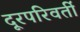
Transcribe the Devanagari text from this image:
दूरपरिवर्ती